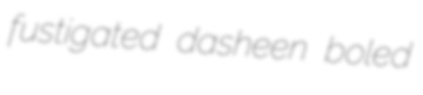
fustigated dasheen boled